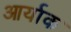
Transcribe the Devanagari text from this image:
आर्याक